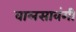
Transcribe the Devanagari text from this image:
वालसावंगी